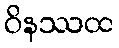
ဝိနဿထ